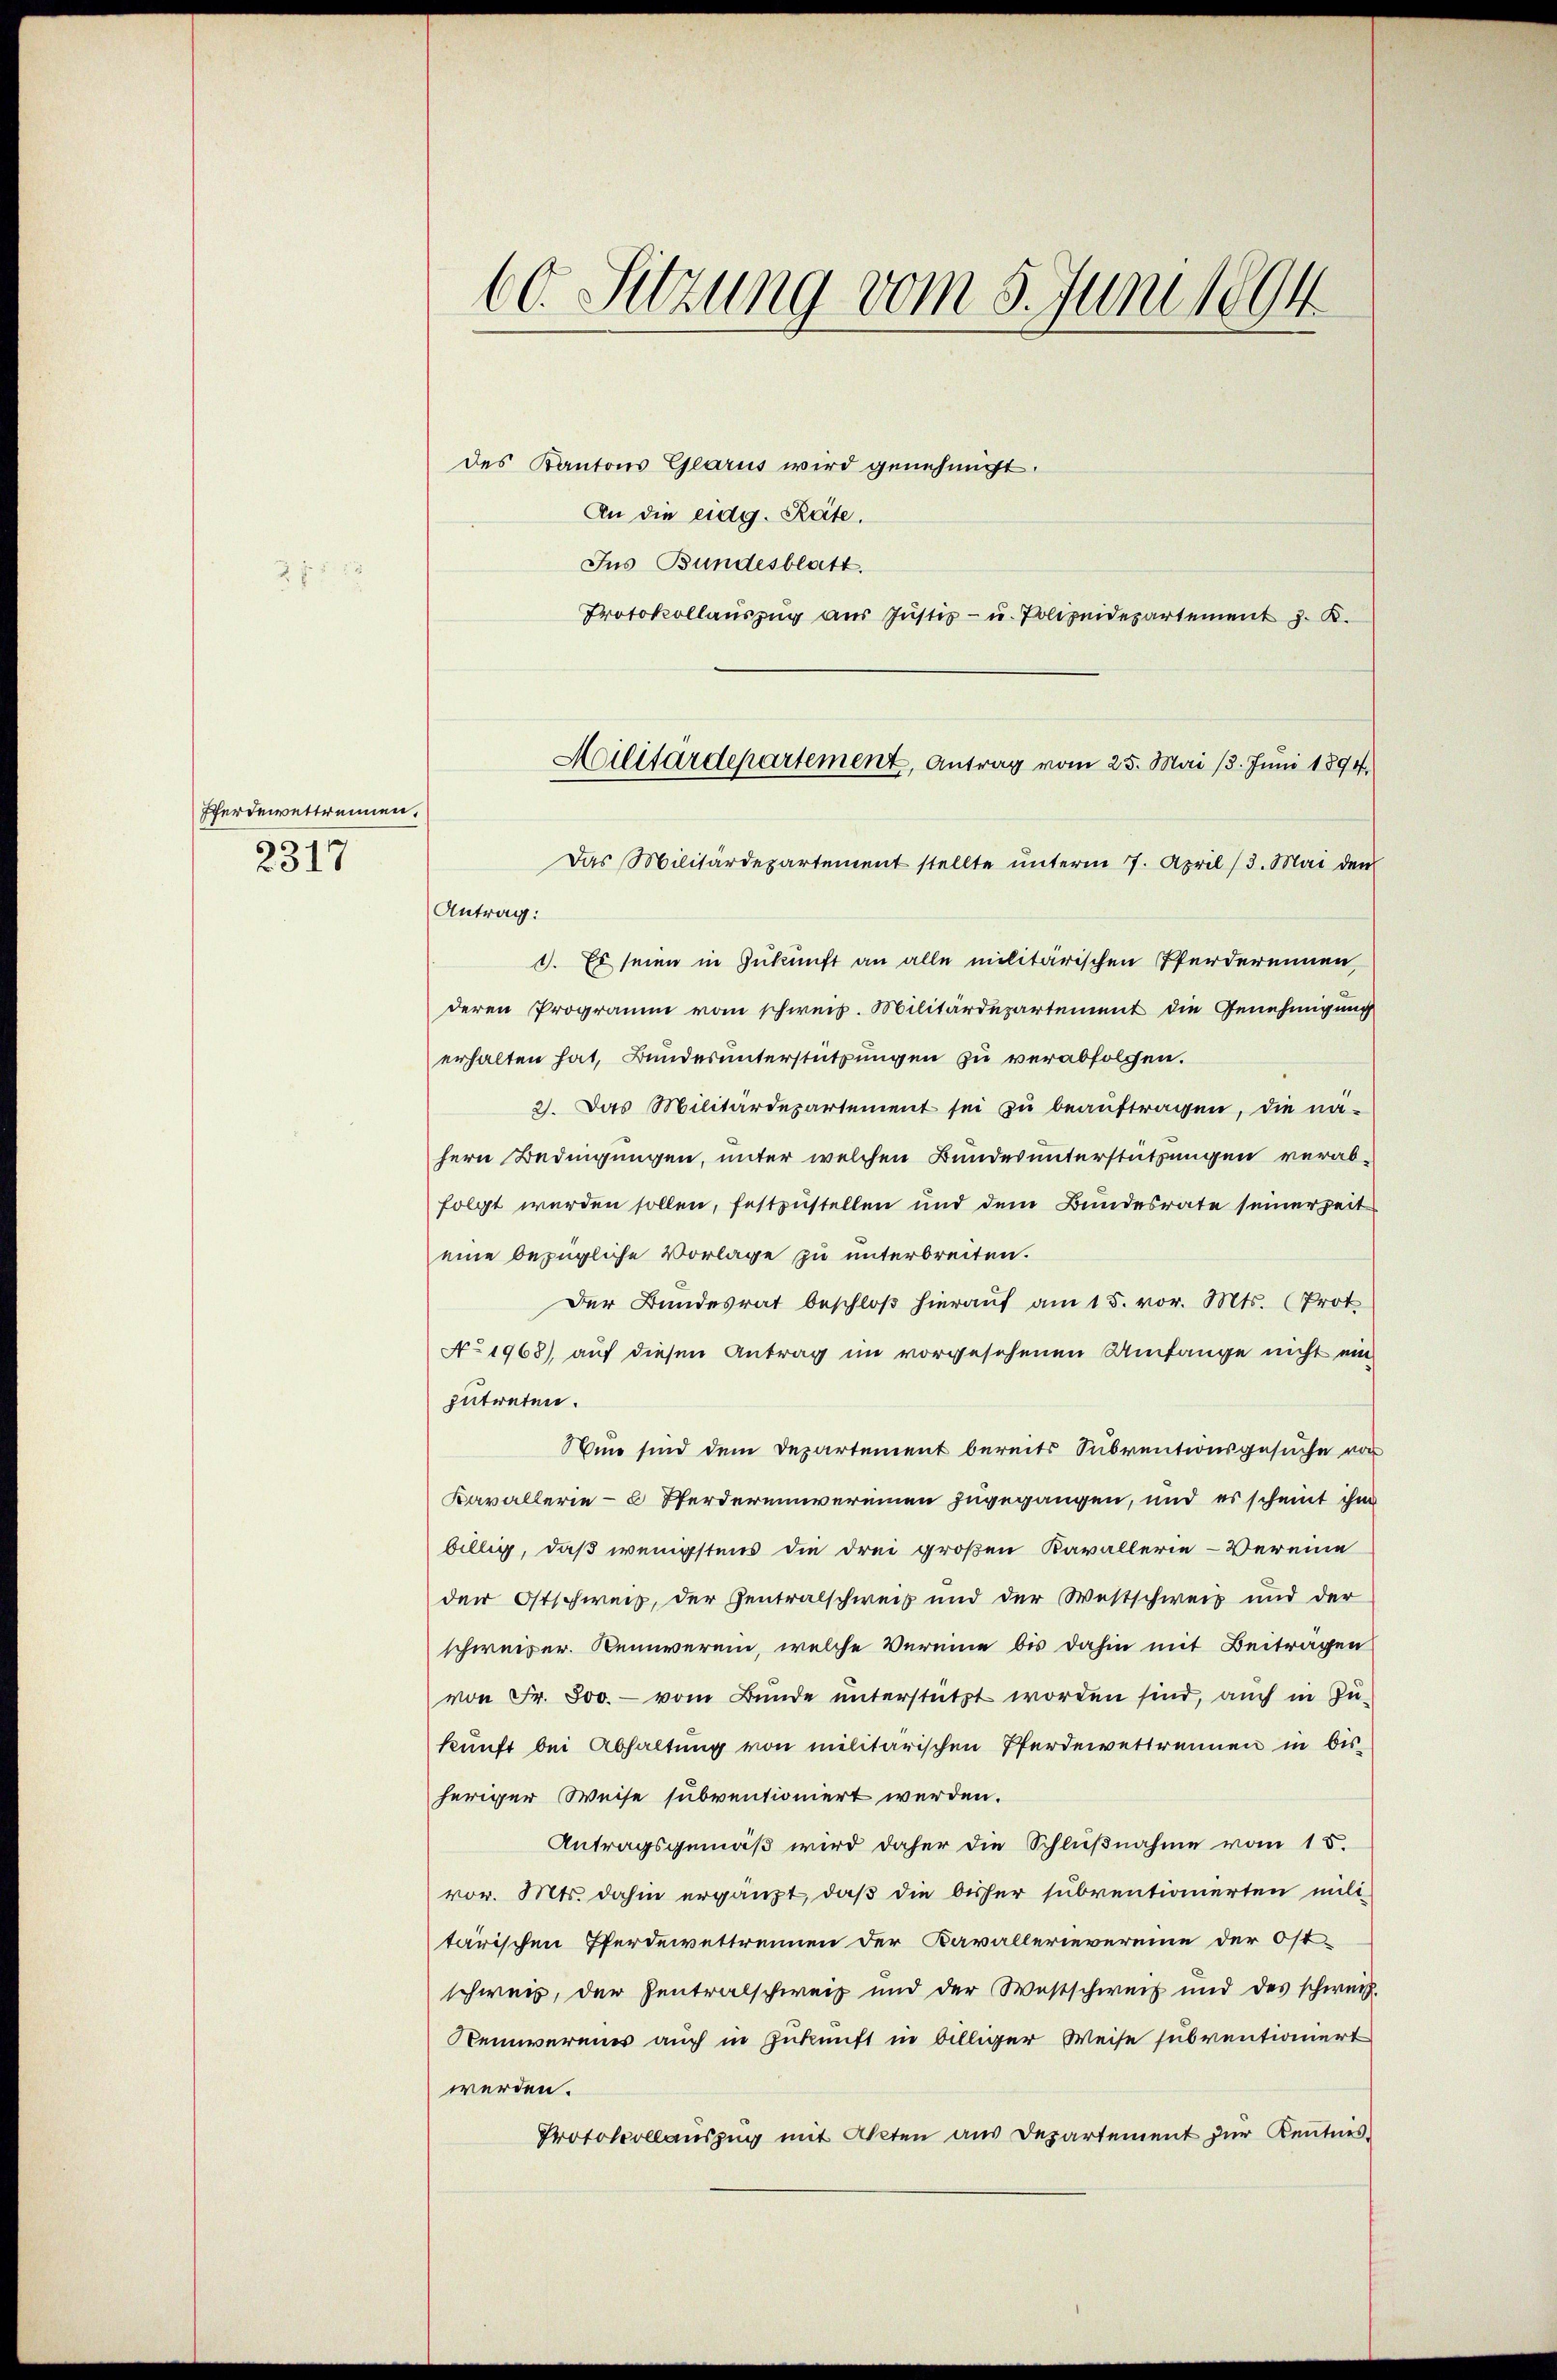
Pferdemettrennen.
2317

60. Sitzung vom 5. Juni 1894

des Kantons Glarus wird genehmigt.
An die eidg. Räte.
Jus Bundesblatt.
Protokollauszug aus Justiz- u. Polizeidepartement J. K.
Antrag:
1. Es seien in Zukunft an alle militärischen Pferderennen,
deren Programm vom schweiz. Militärdepartement die Genehmigung
erhalten hat, Bundesunterstützungen zu verabfolgen.
2). Das Militärdepartement sei zu beauftragen, die na-
hern Bedingungen, unter welchen Bundes unterstützungen verab-
folgt werden sollen, festzustellen und dem Bundesrate seinerzeit
eine bezügliche Vorlage zu unterbreiten.
Der Bundesrat beschloβ hieraŭf am 15. vor. Mts. (Prot.
No 1968), auf diesen Antrag im vorgesehenen Umfange nicht ein
zutreten.
Nun sind dem Departement bereits Subventionsgesuche von
Kavallerie - 6 Pferdereinvereinen zugegangen, und es scheint ihm
billig, daß wenigstens die drei großen Kavallerie-Vereine
der Ostschweiz, der Zentralschweiz und der Westschweis und der
schweiser. Keinverein, welche Vereine bis dahin mit Beitragen
von Fr. 800.- vom Bunde ŭnterstützt worden sind, auch in Zu-
kunft bei Abhaltung von militärischen Pferdenvertrennen in bisheriger Weise subventioniert werden.
Antragsgemäß wird daher die Schlußnahme vom 18.
vor. Mts. dahin ergänzt, daß die bisher subventionierten mili-
tärischen Pferdewettrennen der Kavallerievereine der Ost-
schweis, der Zentralschweiz und der Westschweiz und des schweiz.
Seinereies auch in Zukunft in billiger Weise subventioniert
werden.
Protokollaŭszŭg mit Akten aus Departement zur Kenntnis-

Militärdepartement, Antrag vom 25. Mai 13. Juni 1894,
Das Militärdepartement stellte ŭnterm 7. April (3. Mai den